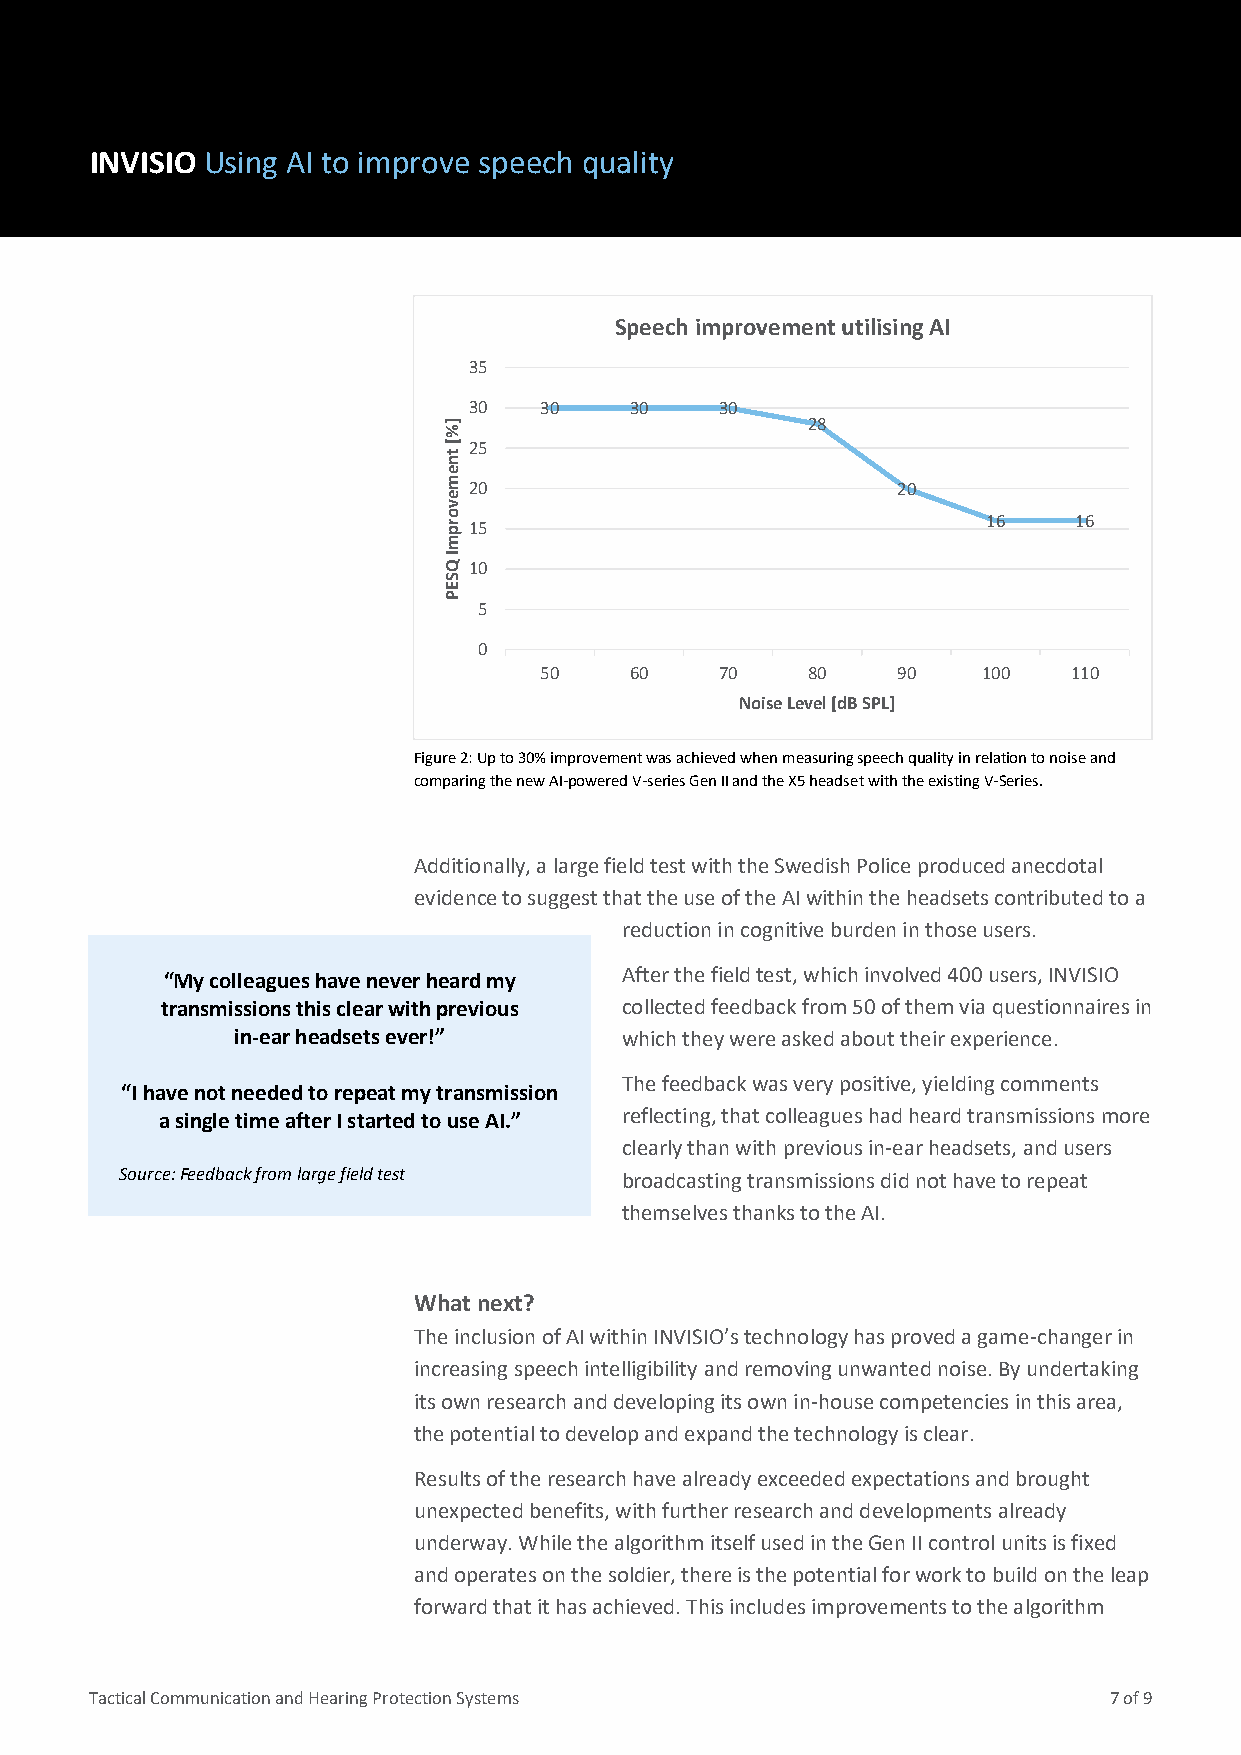
INVISIO Using AI to improve speech quality
 Speech improvement utilising AI
 35
 30   3300  3300  3300
 ]%                      2288
 [
 t
 25
 n
 e
 m 20                          2200
 e
 v
 o r p 15                            1166  1166
 m
 I
 Q 10
 S
 E
 P
 5
 0
 50    60    70   80    90    100   110
 Noise Level [dB SPL]
 Figure 2: Up to 30% improvement was achieved when measuring speech quality in relation to noise and
 comparing the new AI-powered V-series Gen II and the X5 headset with the existing V-Series.
 Additionally, a large field test with the Swedish Police produced anecdotal
 evidence to suggest that the use of the AI within the headsets contributed to a
 reduction in cognitive burden in those users.
 After the field test, which involved 400 users, INVISIO
 “My colleagues have never heard my
 transmissions this clear with previous collected feedback from 50 of them via questionnaires in
 in-ear headsets ever!”    which they were asked about their experience.
 The feedback was very positive, yielding comments
 “I have not needed to repeat my transmission
 a single time after I started to use AI.” reflecting, that colleagues had heard transmissions more
 clearly than with previous in-ear headsets, and users
 Source: Feedback from large field test broadcasting transmissions did not have to repeat
 themselves thanks to the AI.
 What next?
 The inclusion of AI within INVISIO’s technology has proved a game-changer in
 increasing speech intelligibility and removing unwanted noise. By undertaking
 its own research and developing its own in-house competencies in this area,
 the potential to develop and expand the technology is clear.
 Results of the research have already exceeded expectations and brought
 unexpected benefits, with further research and developments already
 underway. While the algorithm itself used in the Gen II control units is fixed
 and operates on the soldier, there is the potential for work to build on the leap
 forward that it has achieved. This includes improvements to the algorithm
 Tactical Communication and Hearing Protection Systems              7 of 9